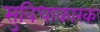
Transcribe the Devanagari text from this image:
सुविधाकारक